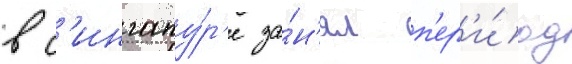
в с'ингапу́р'е за́н'ял п'ер'и́од